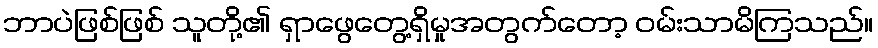
ဘာပဲဖြစ်ဖြစ် သူတို့၏ ရှာဖွေတွေ့ရှိမှုအတွက်တော့ ဝမ်းသာမိကြသည်။